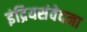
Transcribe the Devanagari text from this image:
इंद्रियसंवेदना